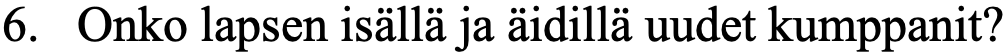
6. Onko lapsen isällä ja äidillä uudet kumppanit?